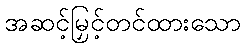
အဆင့်မြှင့်တင်ထားသော